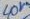
Text: 40V~